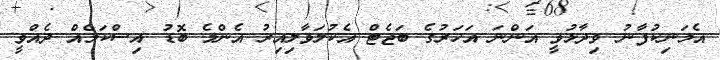
އެމަނިކުފާނު ވިދާޅުވީ އަންނަ އަހަރުގެ ބަޖެޓް އެކުލަވާލިއިރު އެންމެ ބޮޑު އިސްކަމެއް ދެއްވީ